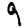
Digit: 9